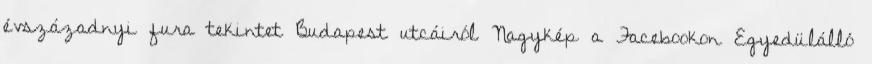
évszázadnyi fura tekintet Budapest utcáiról Nagykép a Facebookon Egyedülálló